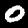
Digit: 0